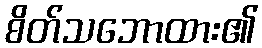
စိတ်သဘောထား၏